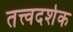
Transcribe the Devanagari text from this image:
तत्त्वदर्शक